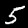
Label: 5